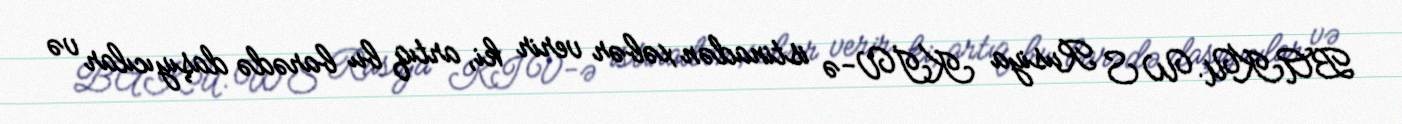
BAKU.WS Rusiya KİV-ə istinadən xəbər verir ki, artıq bu barədə daşıyıcılar və